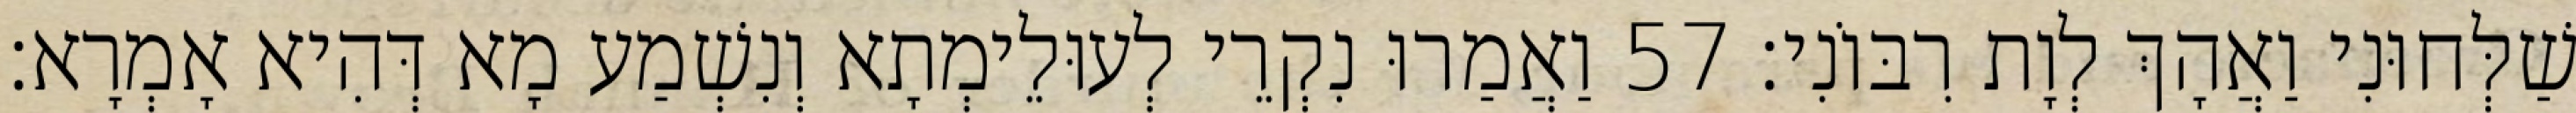
שַׁלְּחוּנִי וַאֲהָךְ לְוָת רִבּוֹנִי׃ 57 וַאֲמַרוּ נִקְרֵי לְעוּלֵימְתָא וְנִשְׁמַע מָא דְּהִיא אָמְרָא׃